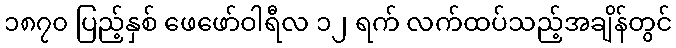
၁၈၇၀ ပြည့်နှစ် ဖေဖော်ဝါရီလ ၁၂ ရက် လက်ထပ်သည့်အချိန်တွင်